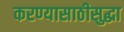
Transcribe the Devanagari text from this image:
करण्यासाठीसुद्धा